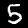
Digit: 5